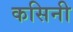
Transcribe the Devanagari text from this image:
कसिनी